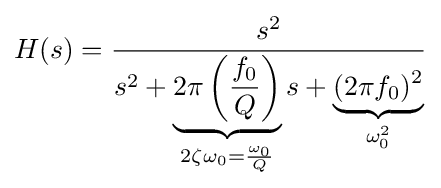
H(s)={\frac {s^{2}}{s^{2}+\underbrace {2\pi \left({\frac {f_{0}}{Q}}\right)} _{2\zeta \omega _{0}={\frac {\omega _{0}}{Q}}}s+\underbrace {(2\pi f_{0})^{2}} _{\omega _{0}^{2}}}}